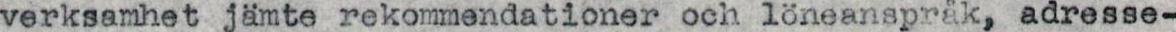
verksamhet jämte rekommendationer och löneanspråk, adresse-